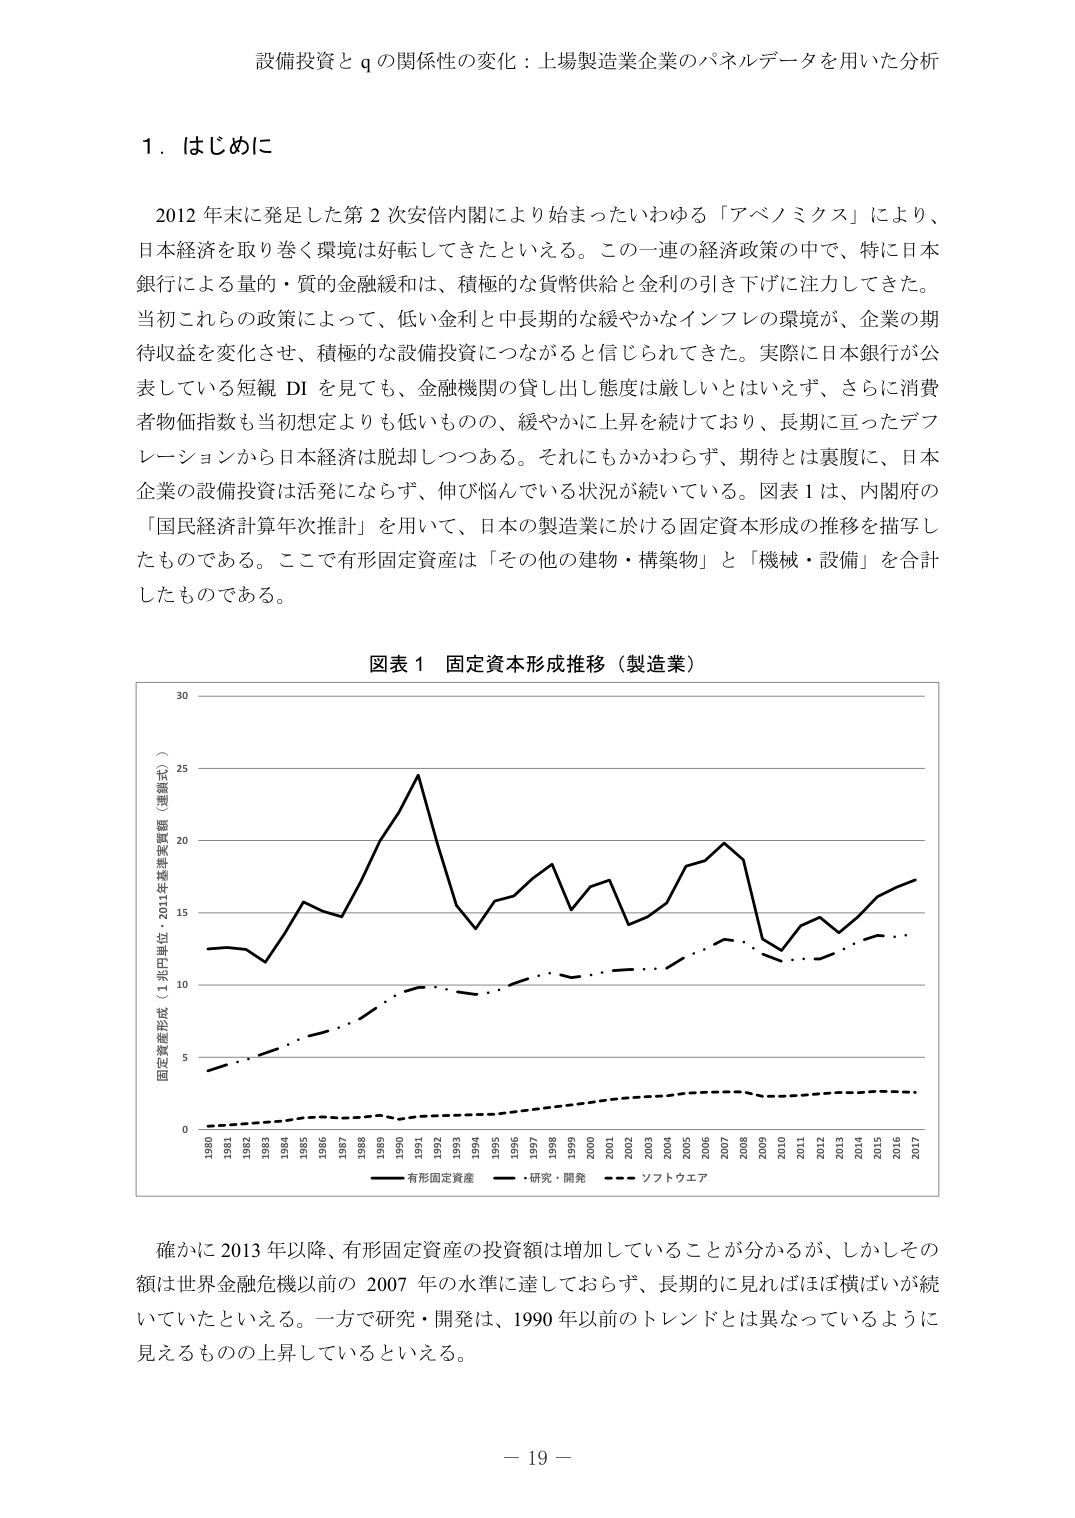
設備投資と q の関係性の変化：上場製造業企業のパネルデータを用いた分析

１．はじめに

2012 年末に発足した第 2 次安倍内閣により始まったいわゆる「アベノミクス」により、
日本経済を取り巻く環境は好転してきたといえる。この一連の経済政策の中で、特に日本
銀行による量的・質的金融緩和は、積極的な貨幣供給と金利の引き下げに注力してきた。
当初これらの政策によって、低い金利と中長期的な緩やかなインフレの環境が、企業の期
待収益を変化させ、積極的な設備投資につながると信じられてきた。実際に日本銀行が公
表している短観 DI を見ても、金融機関の貸し出し態度は厳しいとはいえず、さらに消費
者物価指数も当初想定よりも低いものの、緩やかに上昇を続けており、長期に亘ったデフ
レーションから日本経済は脱却しつつある。それにもかかわらず、期待とは裏腹に、日本
企業の設備投資は活発にならず、伸び悩んでいる状況が続いている。図表 1 は、内閣府の
「国民経済計算年次推計」を用いて、日本の製造業に於ける固定資本形成の推移を描写し
たものである。ここで有形固定資産は「その他の建物・構築物」と「機械・設備」を合計
したものである。

図表 1 固定資本形成推移（製造業）

固定資産形成（1兆円単位・2011年基準実質額（連鎖式））
1980 1981 1982 1983 1984 1985 1986 1987 1988 1989 1990 1991 1992 1993 1994 1995 1996 1997 1998 1999 2000 2001 2002 2003 2004 2005 2006 2007 2008 2009 2010 2011 2012 2013 2014 2015 2016 2017
―― 有形固定資産
―― 研究・開発
―― ソフトウェア

確かに 2013 年以降、有形固定資産の投資額は増加していることが分かるが、しかしその
額は世界金融危機以前の 2007 年の水準に達しておらず、長期的に見ればほぼ横ばいが続
いていたといえる。一方で研究・開発は、1990 年以前のトレンドとは異なっているように
見えるものの上昇しているといえる。

－ 19 －